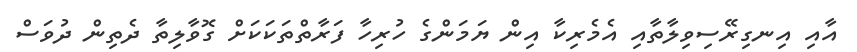
އާއި އިނގިރޭސިވިލާތާއި އެމެރިކާ އިން ޔަމަންގެ ހުރިހާ ފަރާތްތަކަކަށް ގޮވާލިތާ ދެތިން ދުވަސް